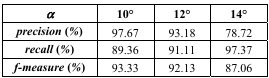
| α | 10° | 12° | 14° |
 | --- | --- | --- | --- |
 | precision (%) | 97.67 | 93.18 | 78.72 |
 | recall (%) | 89.36 | 91.11 | 97.37 |
 | f-measure (%) | 93.33 | 92.13 | 87.06 |